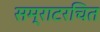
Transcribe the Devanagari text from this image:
सम्राटरचित